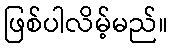
ဖြစ်ပါလိမ့်မည်။